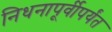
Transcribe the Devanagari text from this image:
निधनापूर्वीपर्यंत